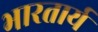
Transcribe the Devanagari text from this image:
भारतार्य